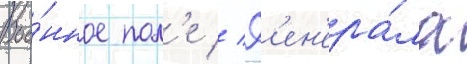
Вое́нное пол'е // Г'ен'ера́ла